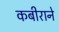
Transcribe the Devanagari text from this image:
कबीराने